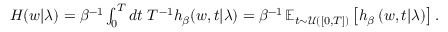
\begin{array} { r } { H ( w | \lambda ) = \beta ^ { - 1 } \int _ { 0 } ^ { T } d t \ T ^ { - 1 } h _ { \beta } ( w , t | \lambda ) = \beta ^ { - 1 } \operatorname { \mathbb { E } } _ { t \sim \mathcal { U } ( [ 0 , T ] ) } \left[ h _ { \beta } \left( w , t | \lambda \right) \right] . } \end{array}